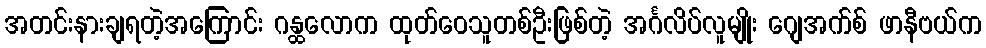
အတင်းနားချရတဲ့အကြောင်း ဂန္ထလောက ထုတ်ဝေသူတစ်ဦးဖြစ်တဲ့ အင်္ဂလိပ်လူမျိုး ဂျေအက်စ် ဖာနီဗယ်က